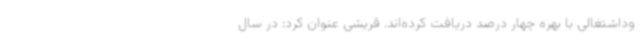
وداشتغالی با بهره چهار درصد دریافت کرده‌اند. قریشی عنوان کرد: در سال